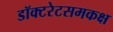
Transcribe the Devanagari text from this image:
डॉक्टरेटसमकक्ष